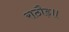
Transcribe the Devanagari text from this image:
राठौड़॥